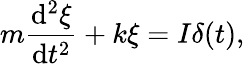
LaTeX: m{\frac{\mathrm{d}^{2}\xi}{\mathrm{d}t^{2}}}+k\xi=I\delta(t),